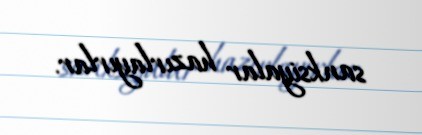
sanksiyalar hazırlayırlar.